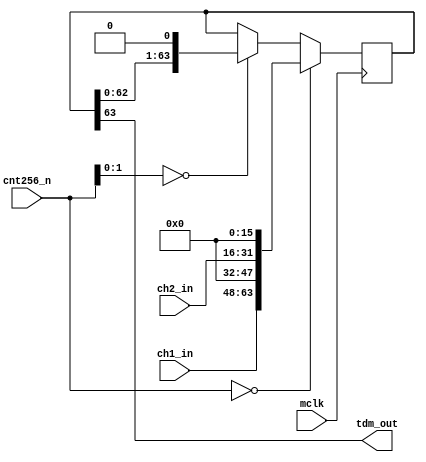
module tdm_output(
	input mclk,
	input [7:0] cnt256_n,
	input [15:0] ch1_in,
	input [15:0] ch2_in,
	output tdm_out
);

	reg [63:0] tdmo_buf;

	assign tdm_out = tdmo_buf[63];

	always @(posedge mclk)begin
		if(cnt256_n == 8'd0)begin
			tdmo_buf <= {ch1_in, 16'd0, ch2_in, 16'd0};
		end
		else if(cnt256_n[1:0] == 2'd0)begin
			tdmo_buf <= {tdmo_buf[62:0], 1'd0};
		end
		else begin
			//Latch
		end
	end

endmodule